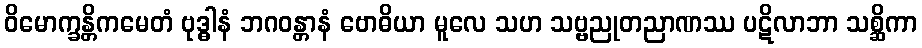
ဝိမောက္ခန္တိကမေတံ ဗုဒ္ဓါနံ ဘဂဝန္တာနံ ဗောဓိယာ မူလေ သဟ သဗ္ဗညုတညာဏဿ ပဋိလာဘာ သစ္ဆိကာ